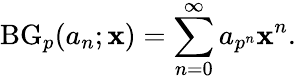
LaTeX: \operatorname{BG}_{p}(a_{n};\mathbf{x})=\sum_{n=0}^{\infty}a_{p^{n}}\mathbf{x}^{n}.